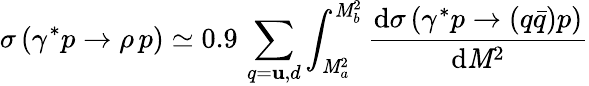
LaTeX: \sigma\left(\gamma^{*}p\to\rho\, p\right)\simeq0.9\, \sum_{q=\mathbf{u},d}\int_{\mathit{M}_{a}^{2}}^{\mathit{M}_{b}^{2}}\frac{{\mathrm{{d}}\sigma\left(\gamma^{*}p\to(q\bar{{q}})p\right)}}{{\mathrm{{d}}\mathit{M}^{2}}}